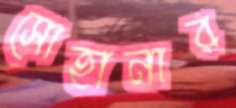
সোহানার